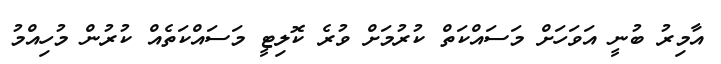
އާމިރު ބުނީ އަވަހަށް މަސައްކަތް ކުރުމަށް ވުރެ ކޮލިޓީ މަސައްކަތެއް ކުރުން މުހިއްމު